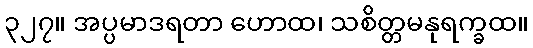
၃၂၇။ အပ္ပမာဒရတာ ဟောထ၊ သစိတ္တမနုရက္ခထ။